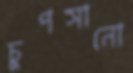
চুপসানো